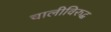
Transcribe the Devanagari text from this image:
चालीविरुद्ध